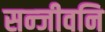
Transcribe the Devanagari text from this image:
सन्जीवनि